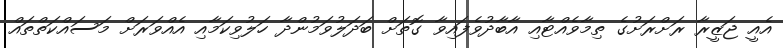
އެއީ ޖަޒީރާ ރަށްރަށުގެ ތިމާވެއްޓާއި އާބާދުވެފައިވާ ގޮތަށް ބަދަލުވަމުންދާ ހަލުވިކަމާއި އެއްވަރަށް މަސައްކަތްތައް